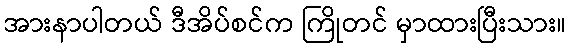
အားနာပါတယ် ဒီအိပ်စင်က ကြိုတင် မှာထားပြီးသား။